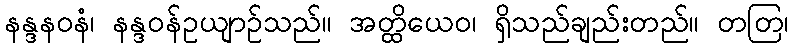
နန္ဒနဝနံ၊ နန္ဒဝန်ဥယျာဉ်သည်။ အတ္ထိယေဝ၊ ရှိသည်ချည်းတည်။ တတြ၊